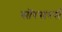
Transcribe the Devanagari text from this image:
सॉरसरर्स